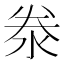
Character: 𬇦